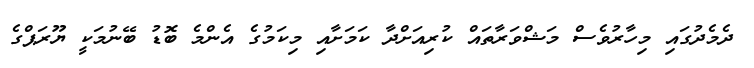
ދެމެދުގައި މިހާރުވެސް މަޝްވަރާތައް ކުރިއަށްދާ ކަމަށާއި މިކަމުގެ އެންމެ ބޮޑު ބޭނުމަކީ ޔޫރަޕްގެ